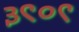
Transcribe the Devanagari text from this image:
३९०९